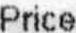
PRICE